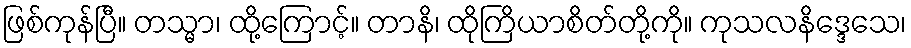
ဖြစ်ကုန်ပြီ။ တသ္မာ၊ ထို့ကြောင့်။ တာနိ၊ ထိုကြိယာစိတ်တို့ကို။ ကုသလနိဒ္ဒေသေ၊